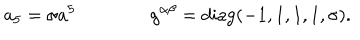
a _ { 5 } = \sigma a ^ { 5 } \qquad \qquad g ^ { \alpha \beta } = \mathrm { d i a g } ( - 1 , 1 , 1 , 1 , \sigma ) .